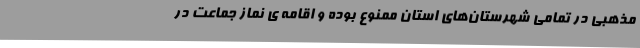
مذهبی در تمامی شهرستان‌های استان ممنوع بوده و اقامه ی نماز جماعت در